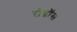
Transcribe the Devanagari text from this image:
रॉग्नॉस